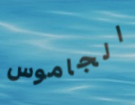
الجاموس